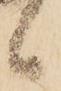
候